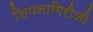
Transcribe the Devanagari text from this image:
शिपलागिरीजी